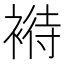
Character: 𧛶